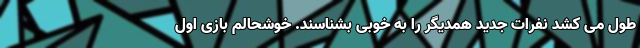
طول می کشد نفرات جدید همدیگر را به خوبی بشناسند. خوشحالم بازی اول